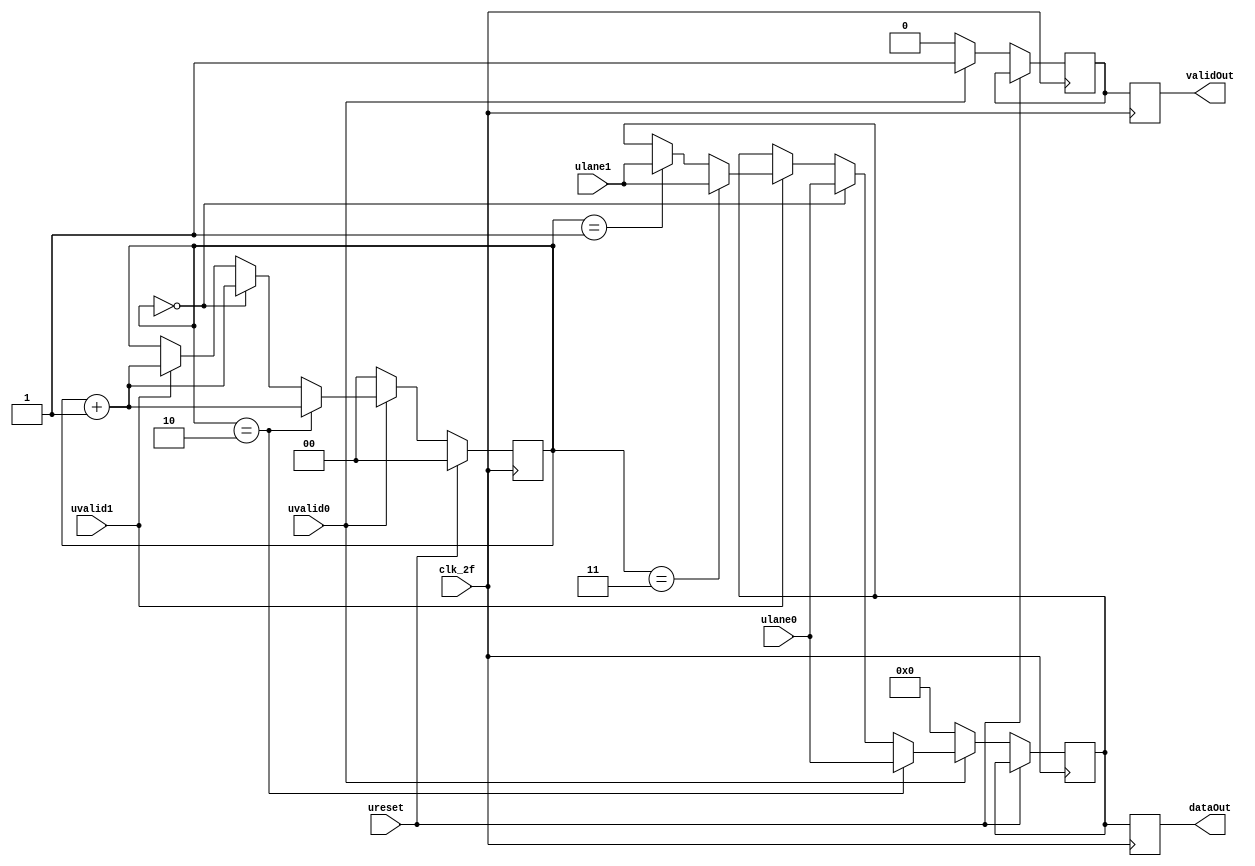
module unstripe(
		input 		  clk_2f, //Reloj 2f
		input 		  ureset,
		input [31:0] 	  ulane0,
		input [31:0] 	  ulane1,
		input 		  uvalid0,
		input 		  uvalid1,
		
		output reg [31:0] dataOut,
		output reg 	  validOut
		);
   //Definimos algunas variables utiles
   reg [31:0] 			  salidaMux;
   reg [1:0] 			  selector;
   reg 				  valid;

   //Iniciamos la logica del mux
   always @(posedge clk_2f) begin
      if (ureset == 1) begin
	 selector <= 'b00;
      end else begin
	 if (uvalid1 == 1) begin
	    valid <= uvalid1;
	    if (selector == 'b01) begin
	       salidaMux <= ulane1;
	       selector <= selector + 1;
	    end
	    if (selector == 'b11) begin
	       salidaMux <= ulane1;
	       selector <= selector + 1;
	    end else begin
	       valid <= uvalid1;
	       selector <= selector + 1;
	    end
	 end // if (uvalid1 == 1)
	 if (uvalid0 == 1) begin
	    valid <= uvalid0;
	    if (selector == 'b00) begin
	       salidaMux <= ulane0;
	       selector <= selector + 1;
	    end
	    if (selector == 'b10) begin
	       salidaMux <= ulane0;
	       selector <= selector +1;
	    end
	 end else begin // if (uvalid0 == 1)
	    salidaMux <= 'b0;
	    valid <= 'b0;
	    selector <= 0;
	 end // else: !if(uvalid0 == 1)
      end // else: !if(ureset == 1)
   end // always @ (posedge clk_2f)

   //Despues de unstripe, pasamos los resultados a la salida
   always @ (posedge clk_2f) begin
      dataOut <= salidaMux;
      validOut <= valid;
   end
   
endmodule // unstripe